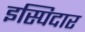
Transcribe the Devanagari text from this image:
इस्पिदार